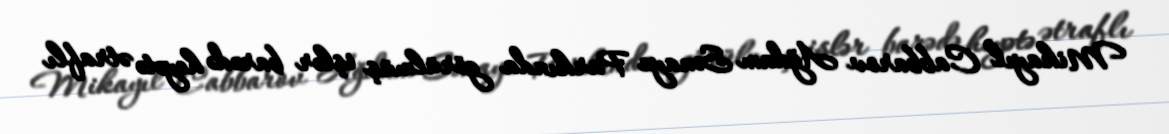
Mikayıl Cabbarov Ağdam Sənaye Parkında görülmüş işlər barədə heyətə ətraflı